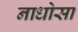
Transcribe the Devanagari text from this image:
नाधोसा